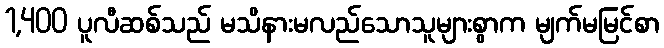
1,400 ပူလီဆစ်သည် မသိနားမလည်သောသူများစွာက မျက်မမြင်စာ